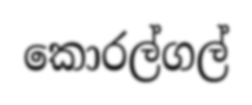
කොරල්ගල්